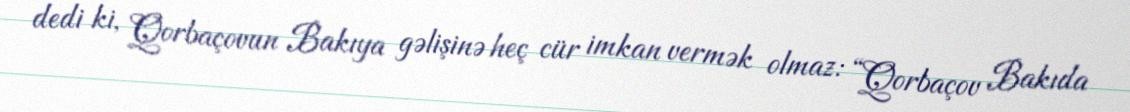
dedi ki, Qorbaçovun Bakıya gəlişinə heç cür imkan vermək olmaz: “Qorbaçov Bakıda